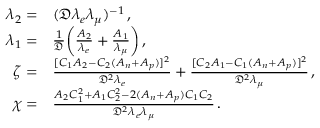
\begin{array} { r l } { \lambda _ { 2 } = } & { ( \mathfrak { D } \lambda _ { e } \lambda _ { \mu } ) ^ { - 1 } \, , } \\ { \lambda _ { 1 } = } & { \frac { 1 } { \mathfrak { D } } \bigg ( \frac { A _ { 2 } } { \lambda _ { e } } + \frac { A _ { 1 } } { \lambda _ { \mu } } \bigg ) \, , } \\ { \zeta = } & { \frac { [ C _ { 1 } A _ { 2 } - C _ { 2 } ( A _ { n } + A _ { p } ) ] ^ { 2 } } { \mathfrak { D } ^ { 2 } \lambda _ { e } } + \frac { [ C _ { 2 } A _ { 1 } - C _ { 1 } ( A _ { n } + A _ { p } ) ] ^ { 2 } } { \mathfrak { D } ^ { 2 } \lambda _ { \mu } } \, , } \\ { \chi = } & { \frac { A _ { 2 } C _ { 1 } ^ { 2 } + A _ { 1 } C _ { 2 } ^ { 2 } - 2 ( A _ { n } + A _ { p } ) C _ { 1 } C _ { 2 } } { \mathfrak { D } ^ { 2 } \lambda _ { e } \lambda _ { \mu } } \, . } \end{array}